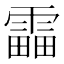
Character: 𩄣